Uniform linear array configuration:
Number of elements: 24
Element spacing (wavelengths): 0.5
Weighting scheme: blackman
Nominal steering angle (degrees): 0
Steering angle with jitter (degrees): -1.592
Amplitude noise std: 0.05
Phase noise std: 0.05

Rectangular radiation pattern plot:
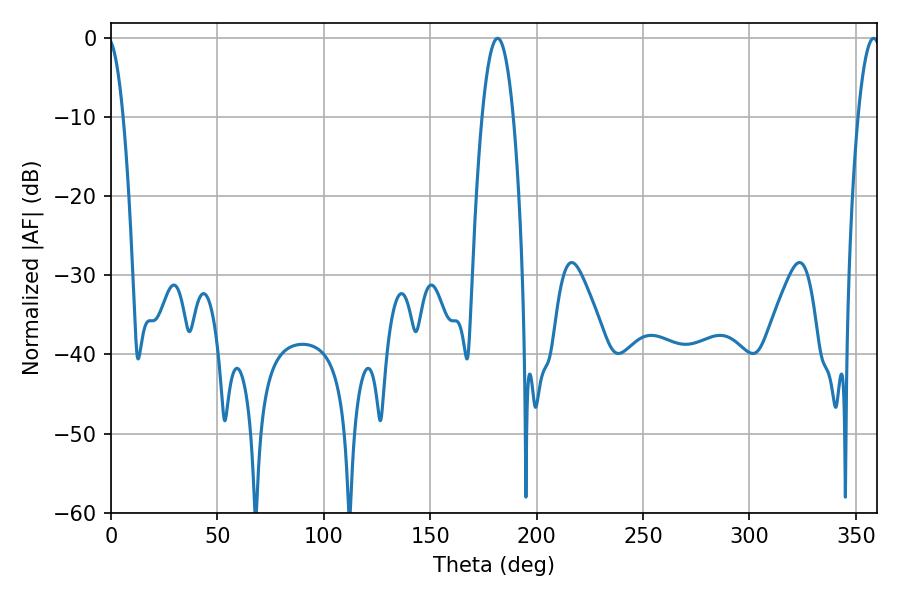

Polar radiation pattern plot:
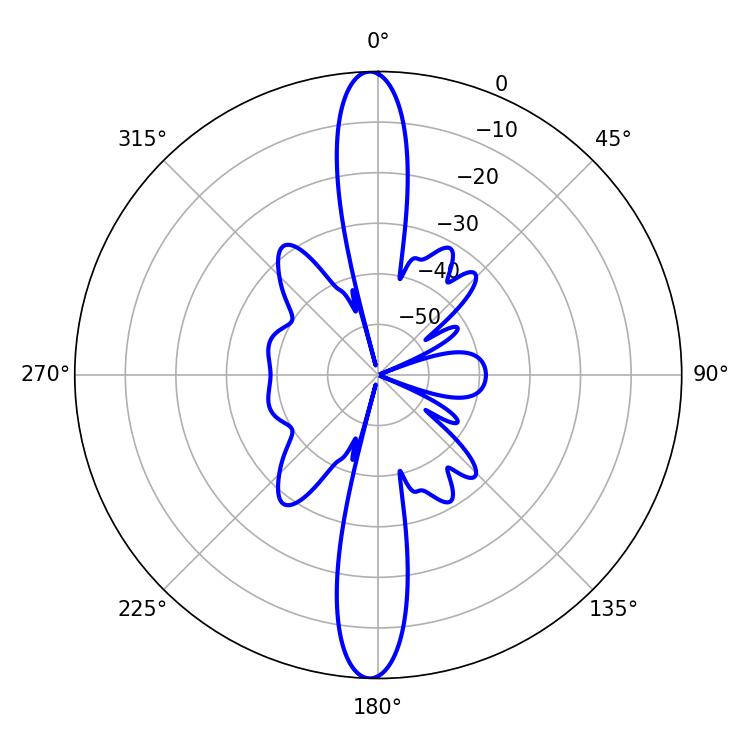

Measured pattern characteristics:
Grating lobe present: FALSE
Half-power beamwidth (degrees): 8.1
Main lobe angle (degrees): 181.62